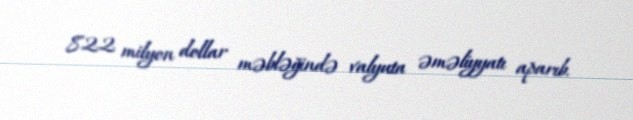
822 milyon dollar məbləğində valyuta əməliyyatı aparıb.